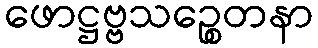
ဖောဋ္ဌဗ္ဗသဉ္စေတနာ